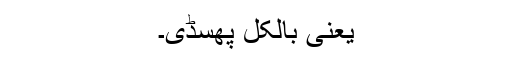
یعنی بالکل پھسڈی۔